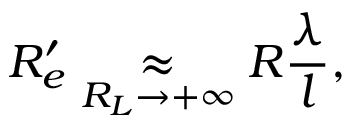
R _ { e } ^ { \prime } \underset { R _ { L } \rightarrow + \infty } { \approx } R \frac { \lambda } { l } ,